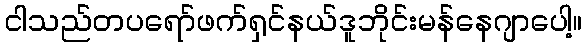
ငါသည်တပရော်ဖက်ရှင်နယ်ဒူဘိုင်းမန်နေဂျာပေါ့။